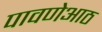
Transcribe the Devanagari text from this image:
पावणेआठ